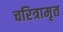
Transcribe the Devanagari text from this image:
चरित्रामृत